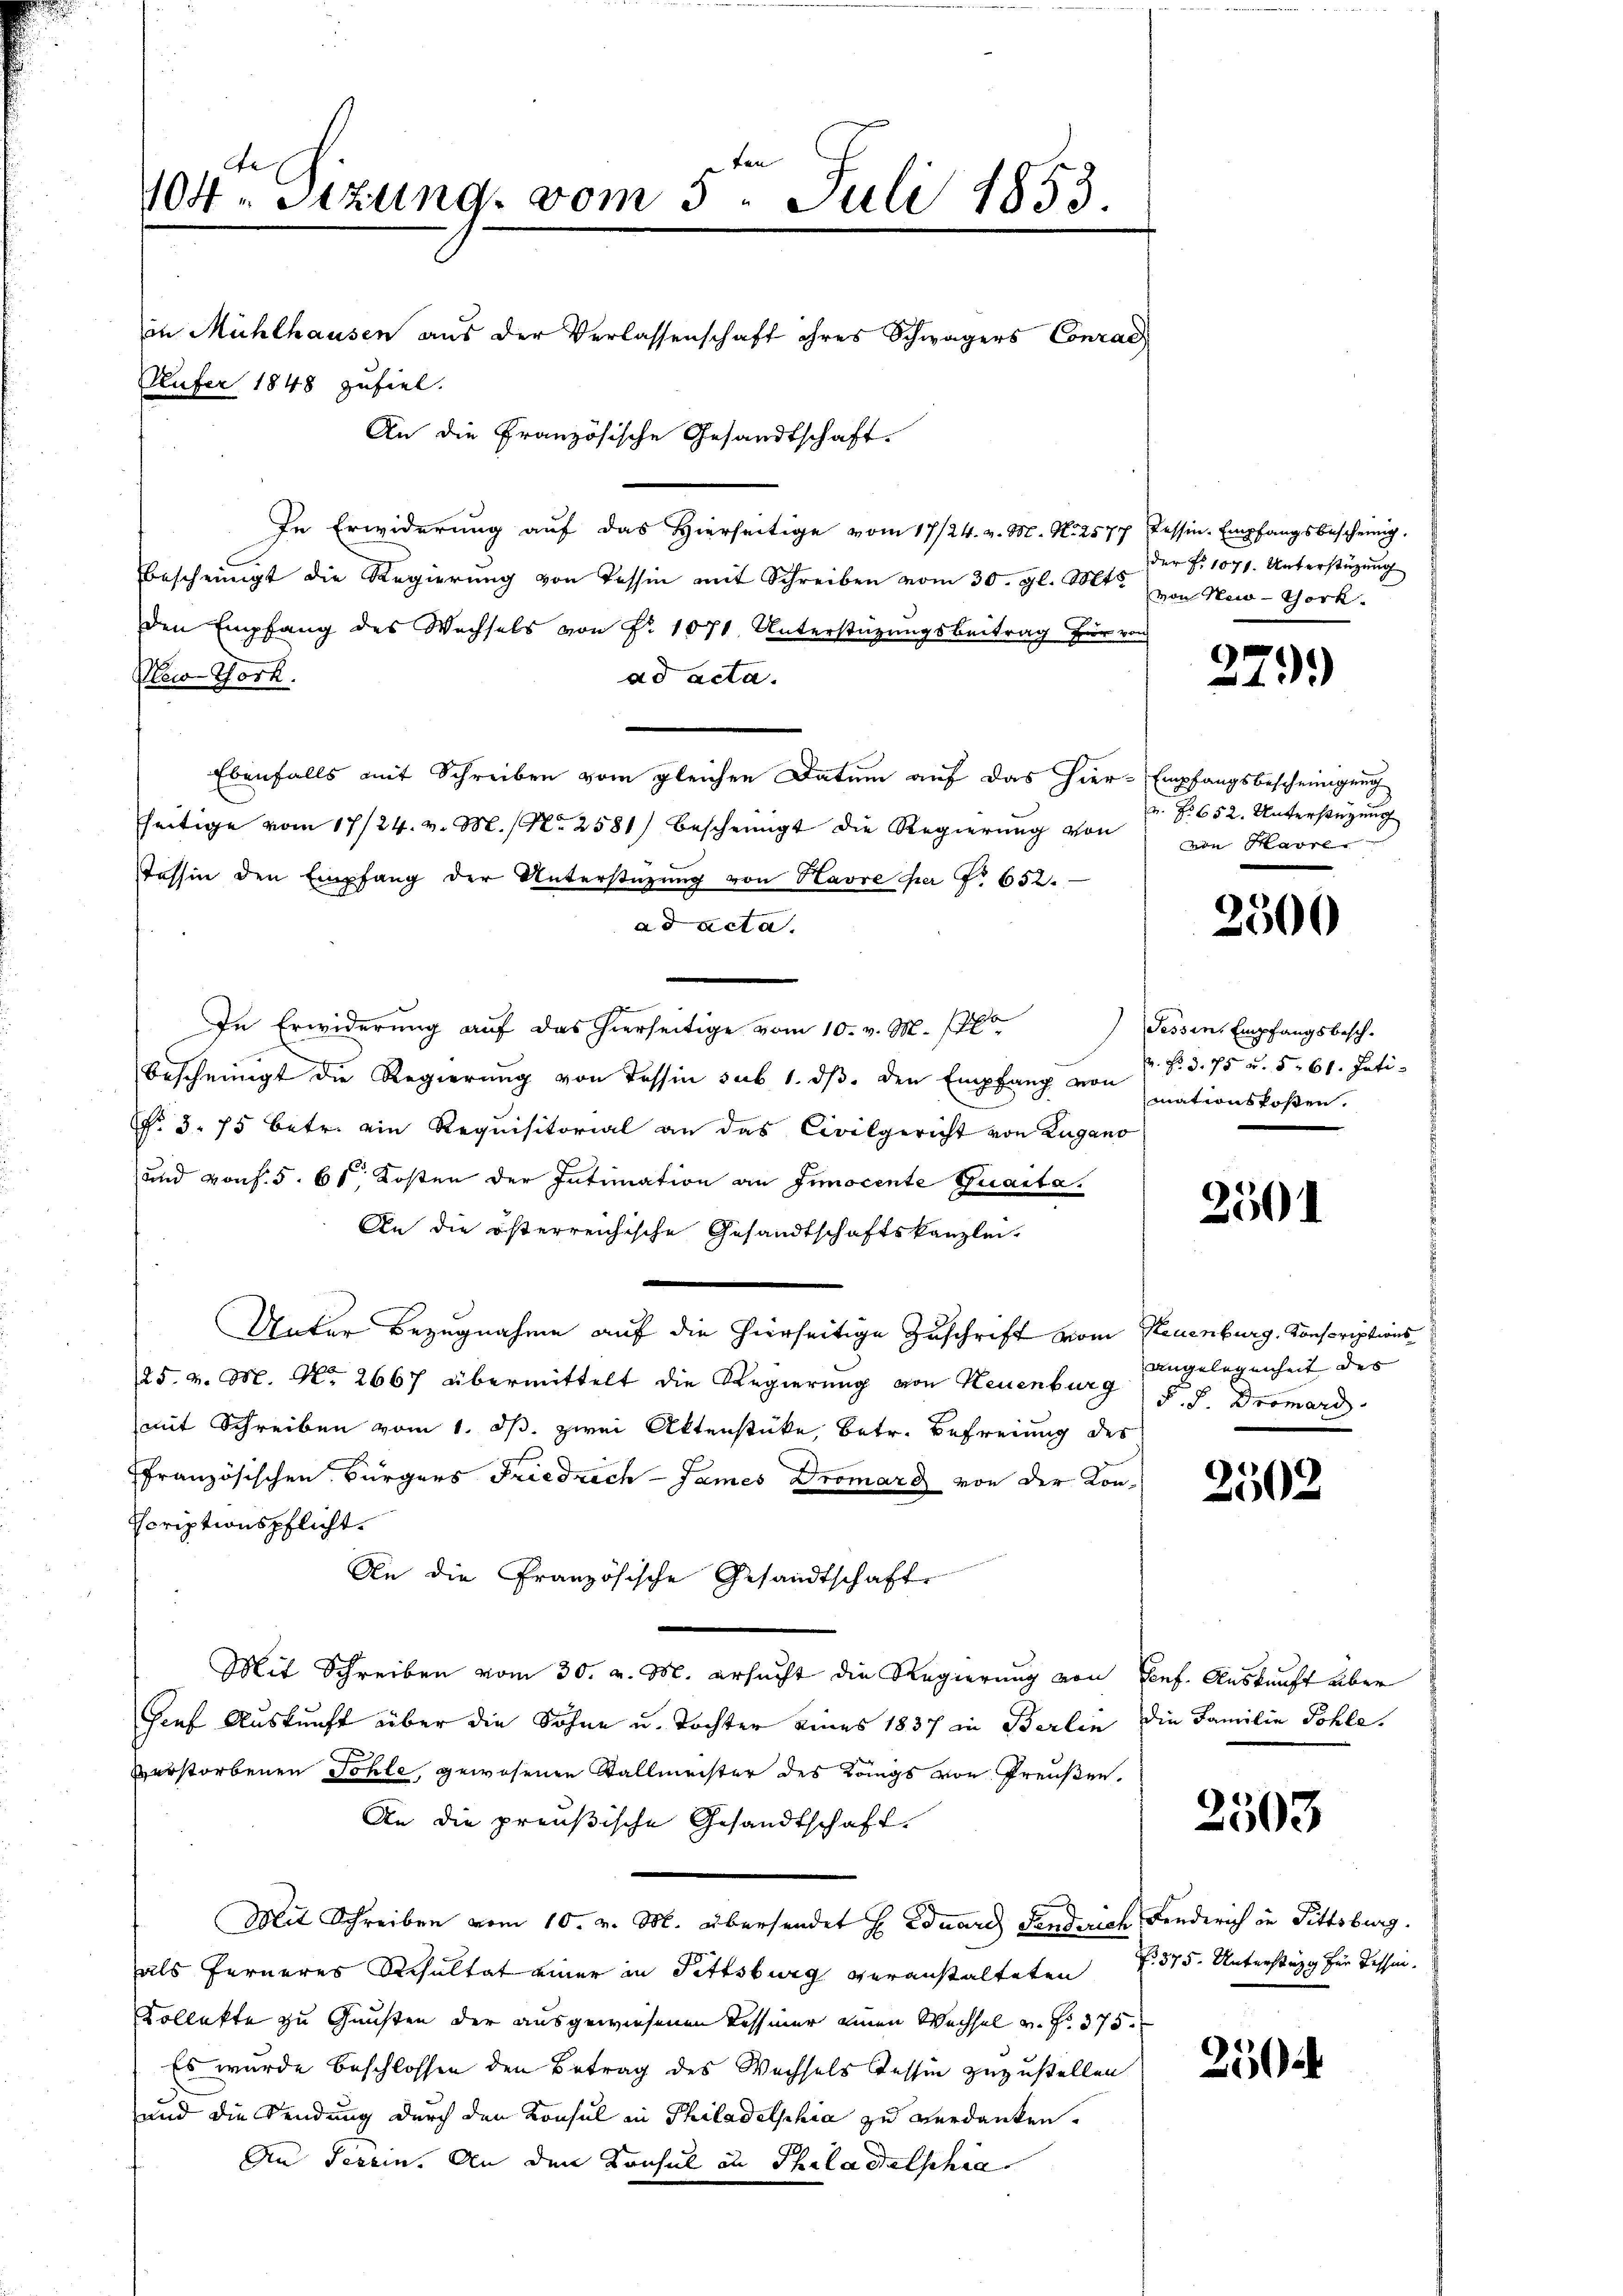
de
404. Sizung vom 5ten Juli 1853.
in Mühlhausen aus der Verlassenschaft ihres Schwägers Conrad
Aufer 1848 zufiel.
An die Französische Gesandtschaft.

In Erwiderung auf das Hierseitige vom 17/24. v. M. N. 2577
bescheinigt die Regierung von Tessin mit Schreiben vom 30. gl. Mts.
den Empfang des Wechsels von Nr. 1071 Unterstüzungsbeitrag für von
New York.
ad acta.
Ebenfalls mit Schreiben vom gleichen Datum auf das hier-Empfangsbescheinigung
seitige vom 17/24. v. M. Nr. 2581) bescheinigt die Regierung von
Tessin den Empfang der Unterstützŭng von Havre per f. 652.
ad acta.
7
In Erwiderung auf das hierseitige vom 10. v. M. 1200.
bescheinigt die Regierung von Tessin sub 1. dβ. den Empfang von
No 3. 75 betr. ein Requisitorial an das Civilgericht von Lugano
und von f. 5. 61. Kosten der Intimation an Innocente Guarta.
An die österreichische Gesandtschaftskanzlei-
Unter Bezugnahme auf die hierseitige Zuschrift vom Neuenburg, Conscriptions¬
25. v. M. No. 2667 übermittelt die Regierung von Neuenburg angelegenheit des
mit Schreiben vom 1. ds. zwei Aktenstücke, betr. Befreiung des
ffranzösischen Bürgers Friedrich - James Dromard von der Kon-
Ecriptionspflicht.
An die Französische Gesandtschaft
Mit Schreiben vom 30. v. M. ersucht die Regierung von Tonf. Auskunft über
sauf Auskunft über die Söhne u. Tochter eines 1837 in Berlin die Familie Sohle.
verstorbenen Sohle, gewesenen Stallmeister des Längs von Preußen.
An die preußische Gesandtschaft.
Mit Schreiben vom 10. v. M. übersendet E. Eduare Tenderich Landerich in Fittsburg.
als Ferneres Resultat einer in Fittsburg veranstalteten f. 575. Unterstung für Tessin.
Collekte zu Gunsten der ausgewiesenen Tessiner einen Wechsel v. Fr. 375.
Es wurde beschlossen den Betrag des Wechsels Tessin zuzustellen
und die Sendung durch den Konsul in Philadelphia zu verdanken.
An Terein. An den Konsul an Philadelschia

Tessin. Empfangsbescheinig.
der Fr. 1071. Unterstützung
von New-York

1)
A

r. No 652. Unterstüzung
von Havre

2300

Fessen. Empfangsbesch.
u. Fr. d. 75 u. 561. Inti
mationskosen.

2501

F. J. Dromard.

2502

2503

250